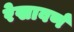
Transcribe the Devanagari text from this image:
रेखावर्ण